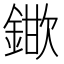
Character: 𮢞